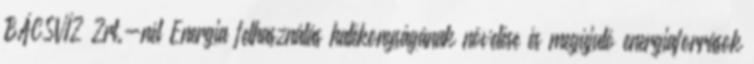
BÁCSVÍZ Zrt.-nél Energia felhasználás hatékonyságának növelése és megújuló energiaforrások